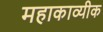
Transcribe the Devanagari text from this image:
महाकाव्यीक